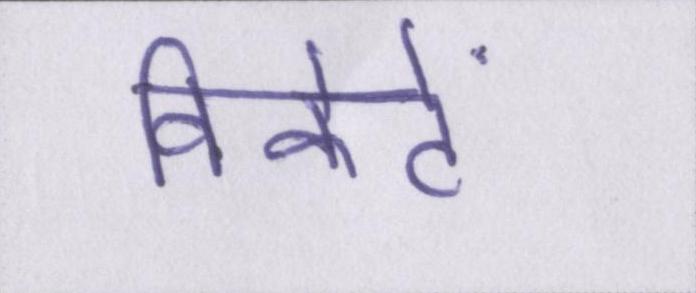
विकेटें